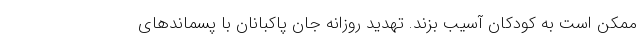
ممکن است به کودکان آسیب بزند. تهدید روزانه جان پاکبانان با پسماندهای